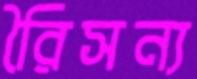
রিৈসন্য